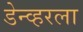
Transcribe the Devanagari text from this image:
डेन्व्हरला